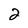
Character: 2